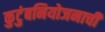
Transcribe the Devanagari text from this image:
कुटुंबनियोजनाची